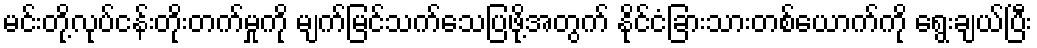
မင်းတို့လုပ်ငန်းတိုးတက်မှုကို မျက်မြင်သက်သေပြဖို့အတွက် နိုင်ငံခြားသားတစ်ယောက်ကို ရွေးချယ်ပြီး